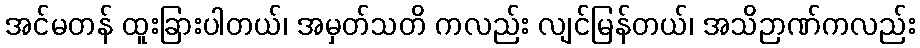
အင်မတန် ထူးခြားပါတယ်၊ အမှတ်သတိ ကလည်း လျင်မြန်တယ်၊ အသိဉာဏ်ကလည်း